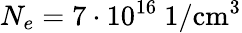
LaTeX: N_{e}=7\cdot 10^{16}~1/\textrm{cm}^{3}